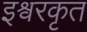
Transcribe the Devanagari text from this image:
इश्वरकृत